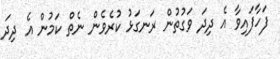
ފަހާފައިވާ އެ ދިދަ ވަގުތުން ރަނގަޅު ކުރެވެން ނެތް ކަމުން އެ ދިދަ